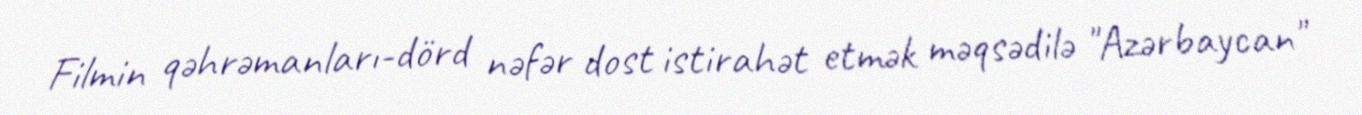
Filmin qəhrəmanları-dörd nəfər dost istirahət etmək məqsədilə "Azərbaycan"